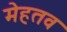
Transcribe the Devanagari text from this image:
मेहतव